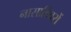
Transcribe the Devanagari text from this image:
नासाविवरों